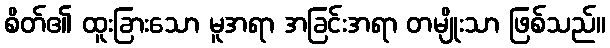
စိတ်၏ ထူးခြားသော မူအရာ အခြင်းအရာ တမျိုးသာ ဖြစ်သည်။